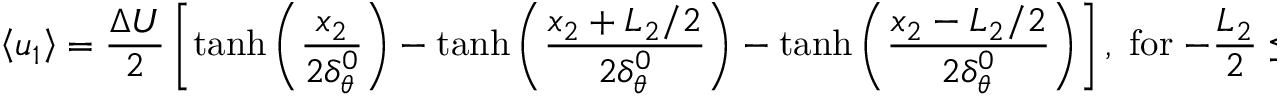
\left\langle { { u _ { 1 } } } \right\rangle = \frac { { \Delta U } } { 2 } \left[ { \operatorname { t a n h } \left( { \frac { { { x _ { 2 } } } } { { 2 \delta _ { \theta } ^ { 0 } } } } \right) - \operatorname { t a n h } \left( { \frac { { { x _ { 2 } } + { L _ { 2 } } / 2 } } { { 2 \delta _ { \theta } ^ { 0 } } } } \right) - \operatorname { t a n h } \left( { \frac { { { x _ { 2 } } - { L _ { 2 } } / 2 } } { { 2 \delta _ { \theta } ^ { 0 } } } } \right) } \right] , \; \mathrm { { f o r } } \; - \frac { L _ { 2 } } { 2 } \le { x _ { 2 } } \le \frac { L _ { 2 } } { 2 } ,